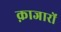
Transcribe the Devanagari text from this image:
क़ाजारों